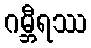
ဂမ္ဘီရဿ